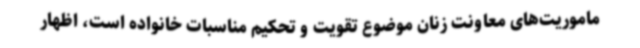
ماموریت‌های معاونت زنان موضوع تقویت و تحکیم مناسبات خانواده است، اظهار